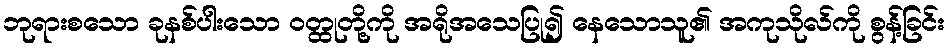
ဘုရားစသော ခုနစ်ပါးသော ဝတ္ထုတို့ကို အရိုအသေပြု၍ နေသောသူ၏ အကုသိုလ်ကို စွန့်ခြင်း